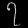
Digit: ၇